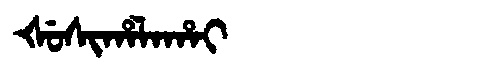
Manchu: ᡧᡠᠰᡳᡥᠠᠯᠠᡥᠠᡳ
Romanization: ŠUSIHALAHAI